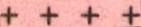
++++